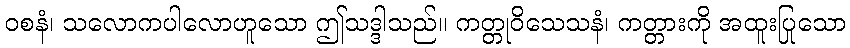
ဝစနံ၊ သလောကပါလောဟူသော ဤသဒ္ဒါသည်။ ကတ္တုဝိသေသနံ၊ ကတ္တားကို အထူးပြုသော